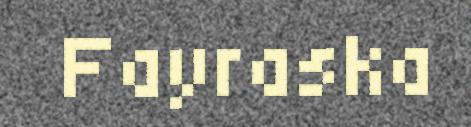
Fayraska